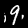
Digit: 9